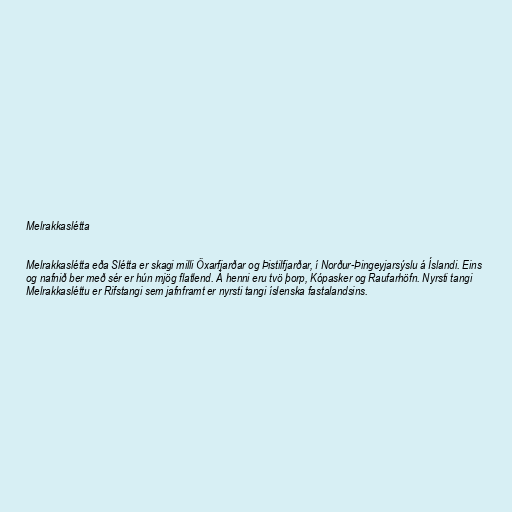
Melrakkaslétta

Melrakkaslétta eða Slétta er skagi milli Öxarfjarðar og Þistilfjarðar, í Norður-Þingeyjarsýslu á Íslandi. Eins
og nafnið ber með sér er hún mjög flatlend. Á henni eru tvö þorp, Kópasker og Raufarhöfn. Nyrsti tangi
Melrakkasléttu er Rifstangi sem jafnframt er nyrsti tangi íslenska fastalandsins.